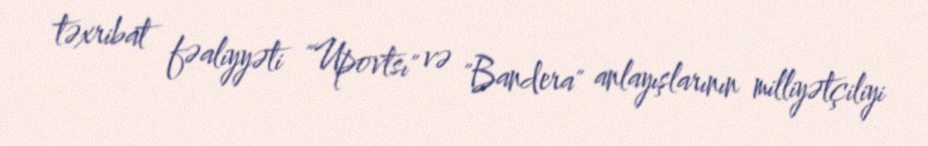
təxribat fəaliyyəti "Upovtsı" və "Bandera" anlayışlarının milliyətçiliyi